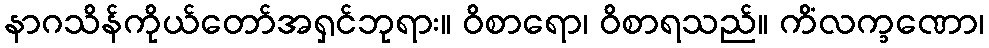
နာဂသိန်ကိုယ်တော်အရှင်ဘုရား။ ဝိစာရော၊ ဝိစာရသည်။ ကိံလက္ခဏော၊